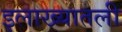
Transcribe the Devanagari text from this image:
इलाख्यातली